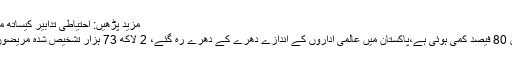
مزید پڑھیں: احتیاطی تدابیر کیساتھ محرم مجالس اور جلوسوں کی اجازت مل گئی
ان کا کہنا تھا کہ ملک میں کورونا کیسز میں 80 فیصد کمی ہوئی ہے،پاکستان میں عالمی اداروں کے اندازے دھرے کے دھرے رہ گئے، 2 لاکھ 73 ہزار تشخیص شدہ مریضوں میں سے 2 لاکھ 37 ہزار صحتیاب ہوئے۔